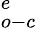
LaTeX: _{o-c}^{e}